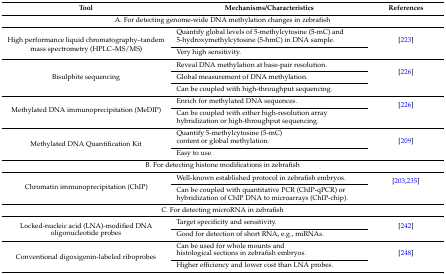
<table><thead><tr><td><b>Tool</b></td><td><b>Mechanisms/Characteristics</b></td><td><b>References</b></td></tr></thead><tbody><tr><td colspan="3">A. For detecting genome-wide DNA methylation changes in zebrafish</td></tr><tr><td rowspan="2">High performance liquid chromatography–tandem mass spectrometry (HPLC–MS/MS)</td><td>Quantify global levels of 5-methylcytosine (5-mC) and 5-hydroxymethylcytosine (5-hmC) in DNA sample.</td><td rowspan="2">[223]</td></tr><tr><td>Very high sensitivity.</td></tr><tr><td rowspan="3">Bisulphite sequencing</td><td>Reveal DNA methylation at base-pair resolution.</td><td rowspan="3">[226]</td></tr><tr><td>Global measurement of DNA methylation.</td></tr><tr><td>Can be coupled with high-throughput sequencing.</td></tr><tr><td rowspan="2">Methylated DNA immunoprecipitation (MeDIP)</td><td>Enrich for methylated DNA sequences.</td><td rowspan="2">[226]</td></tr><tr><td>Can be coupled with either high-resolution array hybridization or high-throughput sequencing.</td></tr><tr><td rowspan="2">Methylated DNA Quantification Kit</td><td>Quantify 5-methylcytosine (5-mC) content or global methylation.</td><td rowspan="2">[209]</td></tr><tr><td>Easy to use.</td></tr><tr><td colspan="3">B. For detecting histone modifications in zebrafish</td></tr><tr><td rowspan="2">Chromatin immunoprecipitation (ChIP)</td><td>Well-known established protocol in zebrafish embryos.</td><td rowspan="2">[203,235]</td></tr><tr><td>Can be coupled with quantitative PCR (ChIP-qPCR) or hybridization of ChIP DNA to microarrays (ChIP-chip).</td></tr><tr><td colspan="3">C. For detecting microRNA in zebrafish</td></tr><tr><td rowspan="2">Locked-nucleic acid (LNA)-modified DNA oligonucleotide probes</td><td>Target specificity and sensitivity.</td><td rowspan="2">[242]</td></tr><tr><td>Good for detection of short RNA, e.g., miRNAs.</td></tr><tr><td rowspan="2">Conventional digoxigenin-labeled riboprobes</td><td>Can be used for whole mounts and histological sections in zebrafish embryos.</td><td rowspan="2">[248]</td></tr><tr><td>Higher efficiency and lower cost than LNA probes.</td></tr></tbody></table>